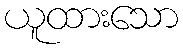
ယူထားသော